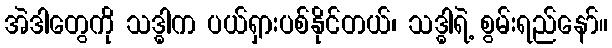
အဲဒါတွေကို သဒ္ဓါက ပယ်ရှားပစ်နိုင်တယ်၊ သဒ္ဓါရဲ့ စွမ်းရည်နော်။